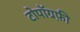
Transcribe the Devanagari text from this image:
टोपॉग्रफ़ी